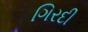
ગિરદી